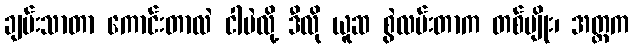
ချမ်းသာတာ ကောင်းတာလဲ ငါပဲလို့ ဒီလို ယူဆ စွဲလမ်းတာက တစ်မျိုး၊ အတ္တက